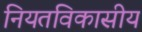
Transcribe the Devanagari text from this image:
नियतविकासीय